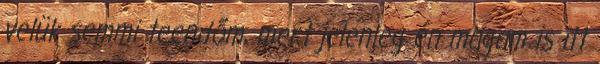
velük semmi teendőm, mert jelenleg én magam is itt